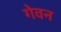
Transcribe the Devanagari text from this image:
गेवन